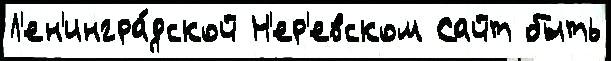
Л'ен'ингра́дской Н'ер'евском Сайт быть